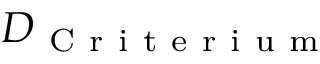
D _ { \mathrm { ~ C ~ r ~ i ~ t ~ e ~ r ~ i ~ u ~ m ~ } }